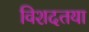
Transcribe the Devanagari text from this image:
विशदतया